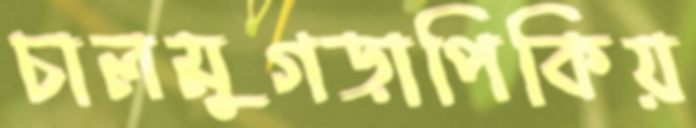
চালমুগড়াপিকিয়